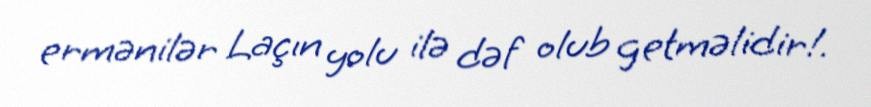
ermənilər Laçın yolu ilə dəf olub getməlidir!.